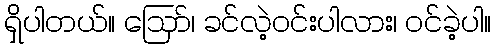
ရှိပါတယ်။ ဪ၊ ခင်လဲ့ဝင်းပါလား၊ ဝင်ခဲ့ပါ။